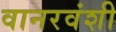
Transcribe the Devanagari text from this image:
वानरवंशी